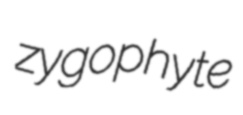
zygophyte